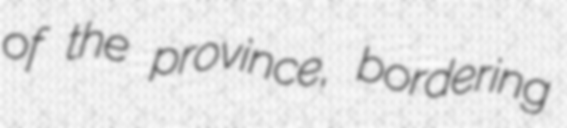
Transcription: of the province, bordering